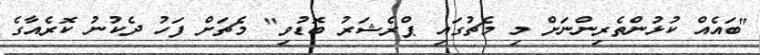
"ބައެއް ކުޅުންތެރިންނަށް މި މެޗުގައި ޕްރެޝަރު ބޮޑުވި" މެޗަށް ފަހު ދެކުނު ކޮރެއާގެ